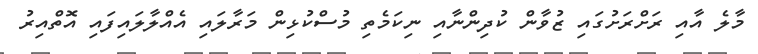
މާލެ އާއި ރަށްރަށުގައި ޒުވާން ކުދިންނާއި ނިކަމެތި މުސްކުޅިން މަރާލައި އެއްލާލައިފައި އޮތްއިރު